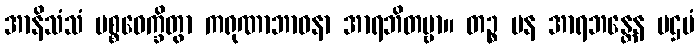
အာနိသံသံ ပစ္စဝေက္ခိတွာ ကရုဏာဘာဝနာ အာရဘိတဗ္ဗာ။ တဉ္စ ပန အာရဘန္တေန ပဌမံ